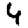
Digit: 4